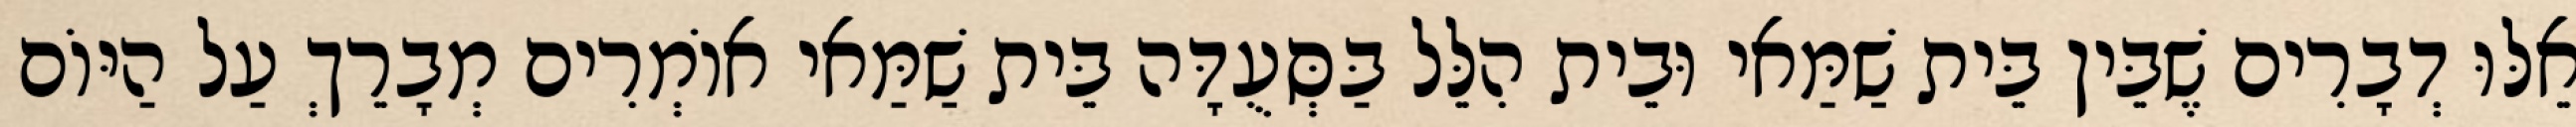
אֵלּוּ דְבָרִים שֶׁבֵּין בֵּית שַׁמַּאי וּבֵית הִלֵּל בַּסְּעֻדָּה בֵּית שַׁמַּאי אוֹמְרִים מְבָרֵךְ עַל הַיּוֹם